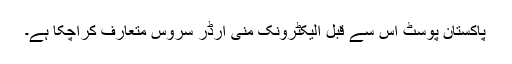
پاکستان پوسٹ اس سے قبل الیکٹرونک منی آرڈر سروس متعارف کراچکا ہے۔